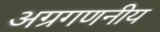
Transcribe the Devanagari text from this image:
अग्रगणनीय